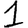
Digit: 1